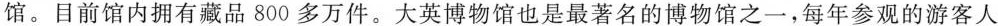
馆。目前馆内拥有藏品800多万件。大英博物馆也是最著名的博物馆之一，每年参观的游客人